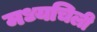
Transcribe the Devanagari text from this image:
मध्यचिली